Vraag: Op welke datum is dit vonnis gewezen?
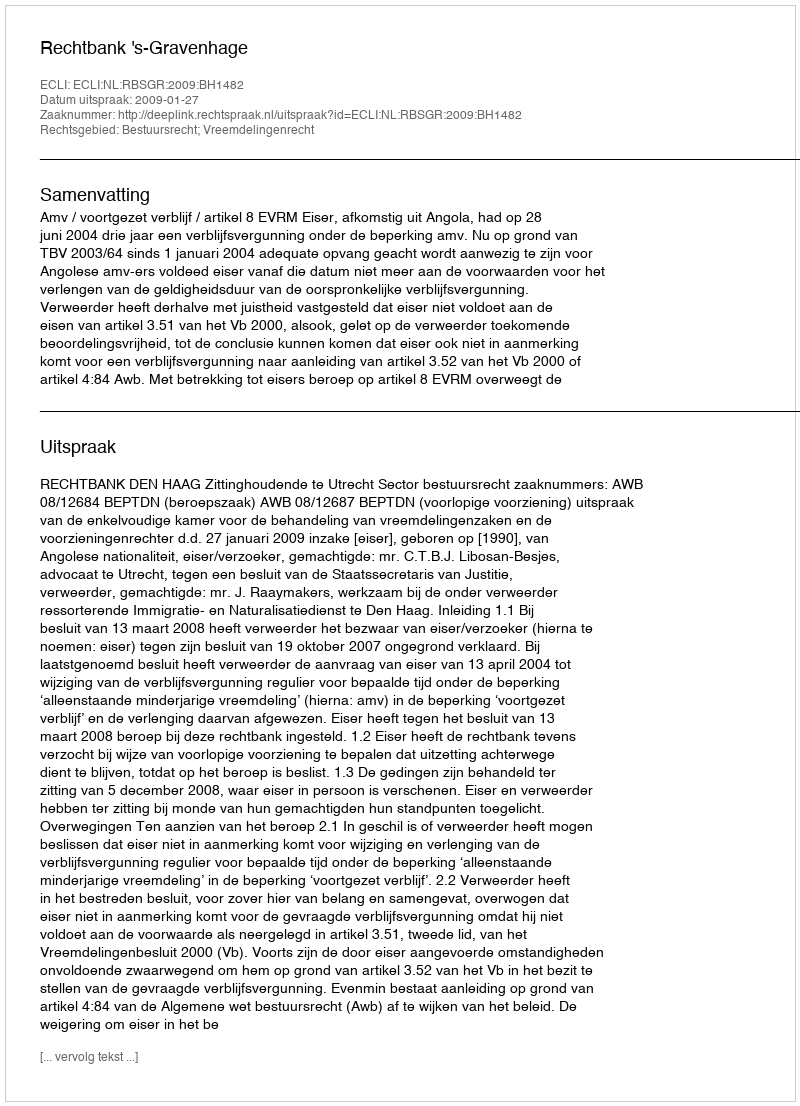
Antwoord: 2009-01-27